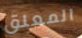
المعلق